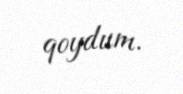
qoydum.